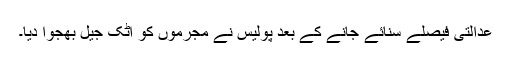
عدالتی فیصلے سنائے جانے کے بعد پولیس نے مجرموں کو اٹک جیل بھجوا دیا۔